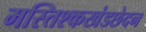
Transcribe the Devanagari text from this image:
मस्तिश्कखंडछेदन